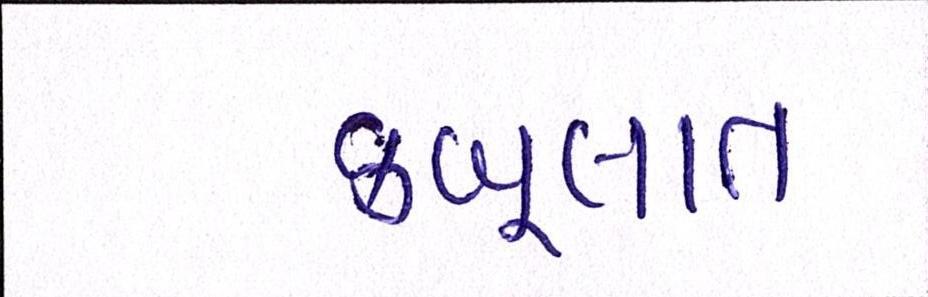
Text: કબૂલાત